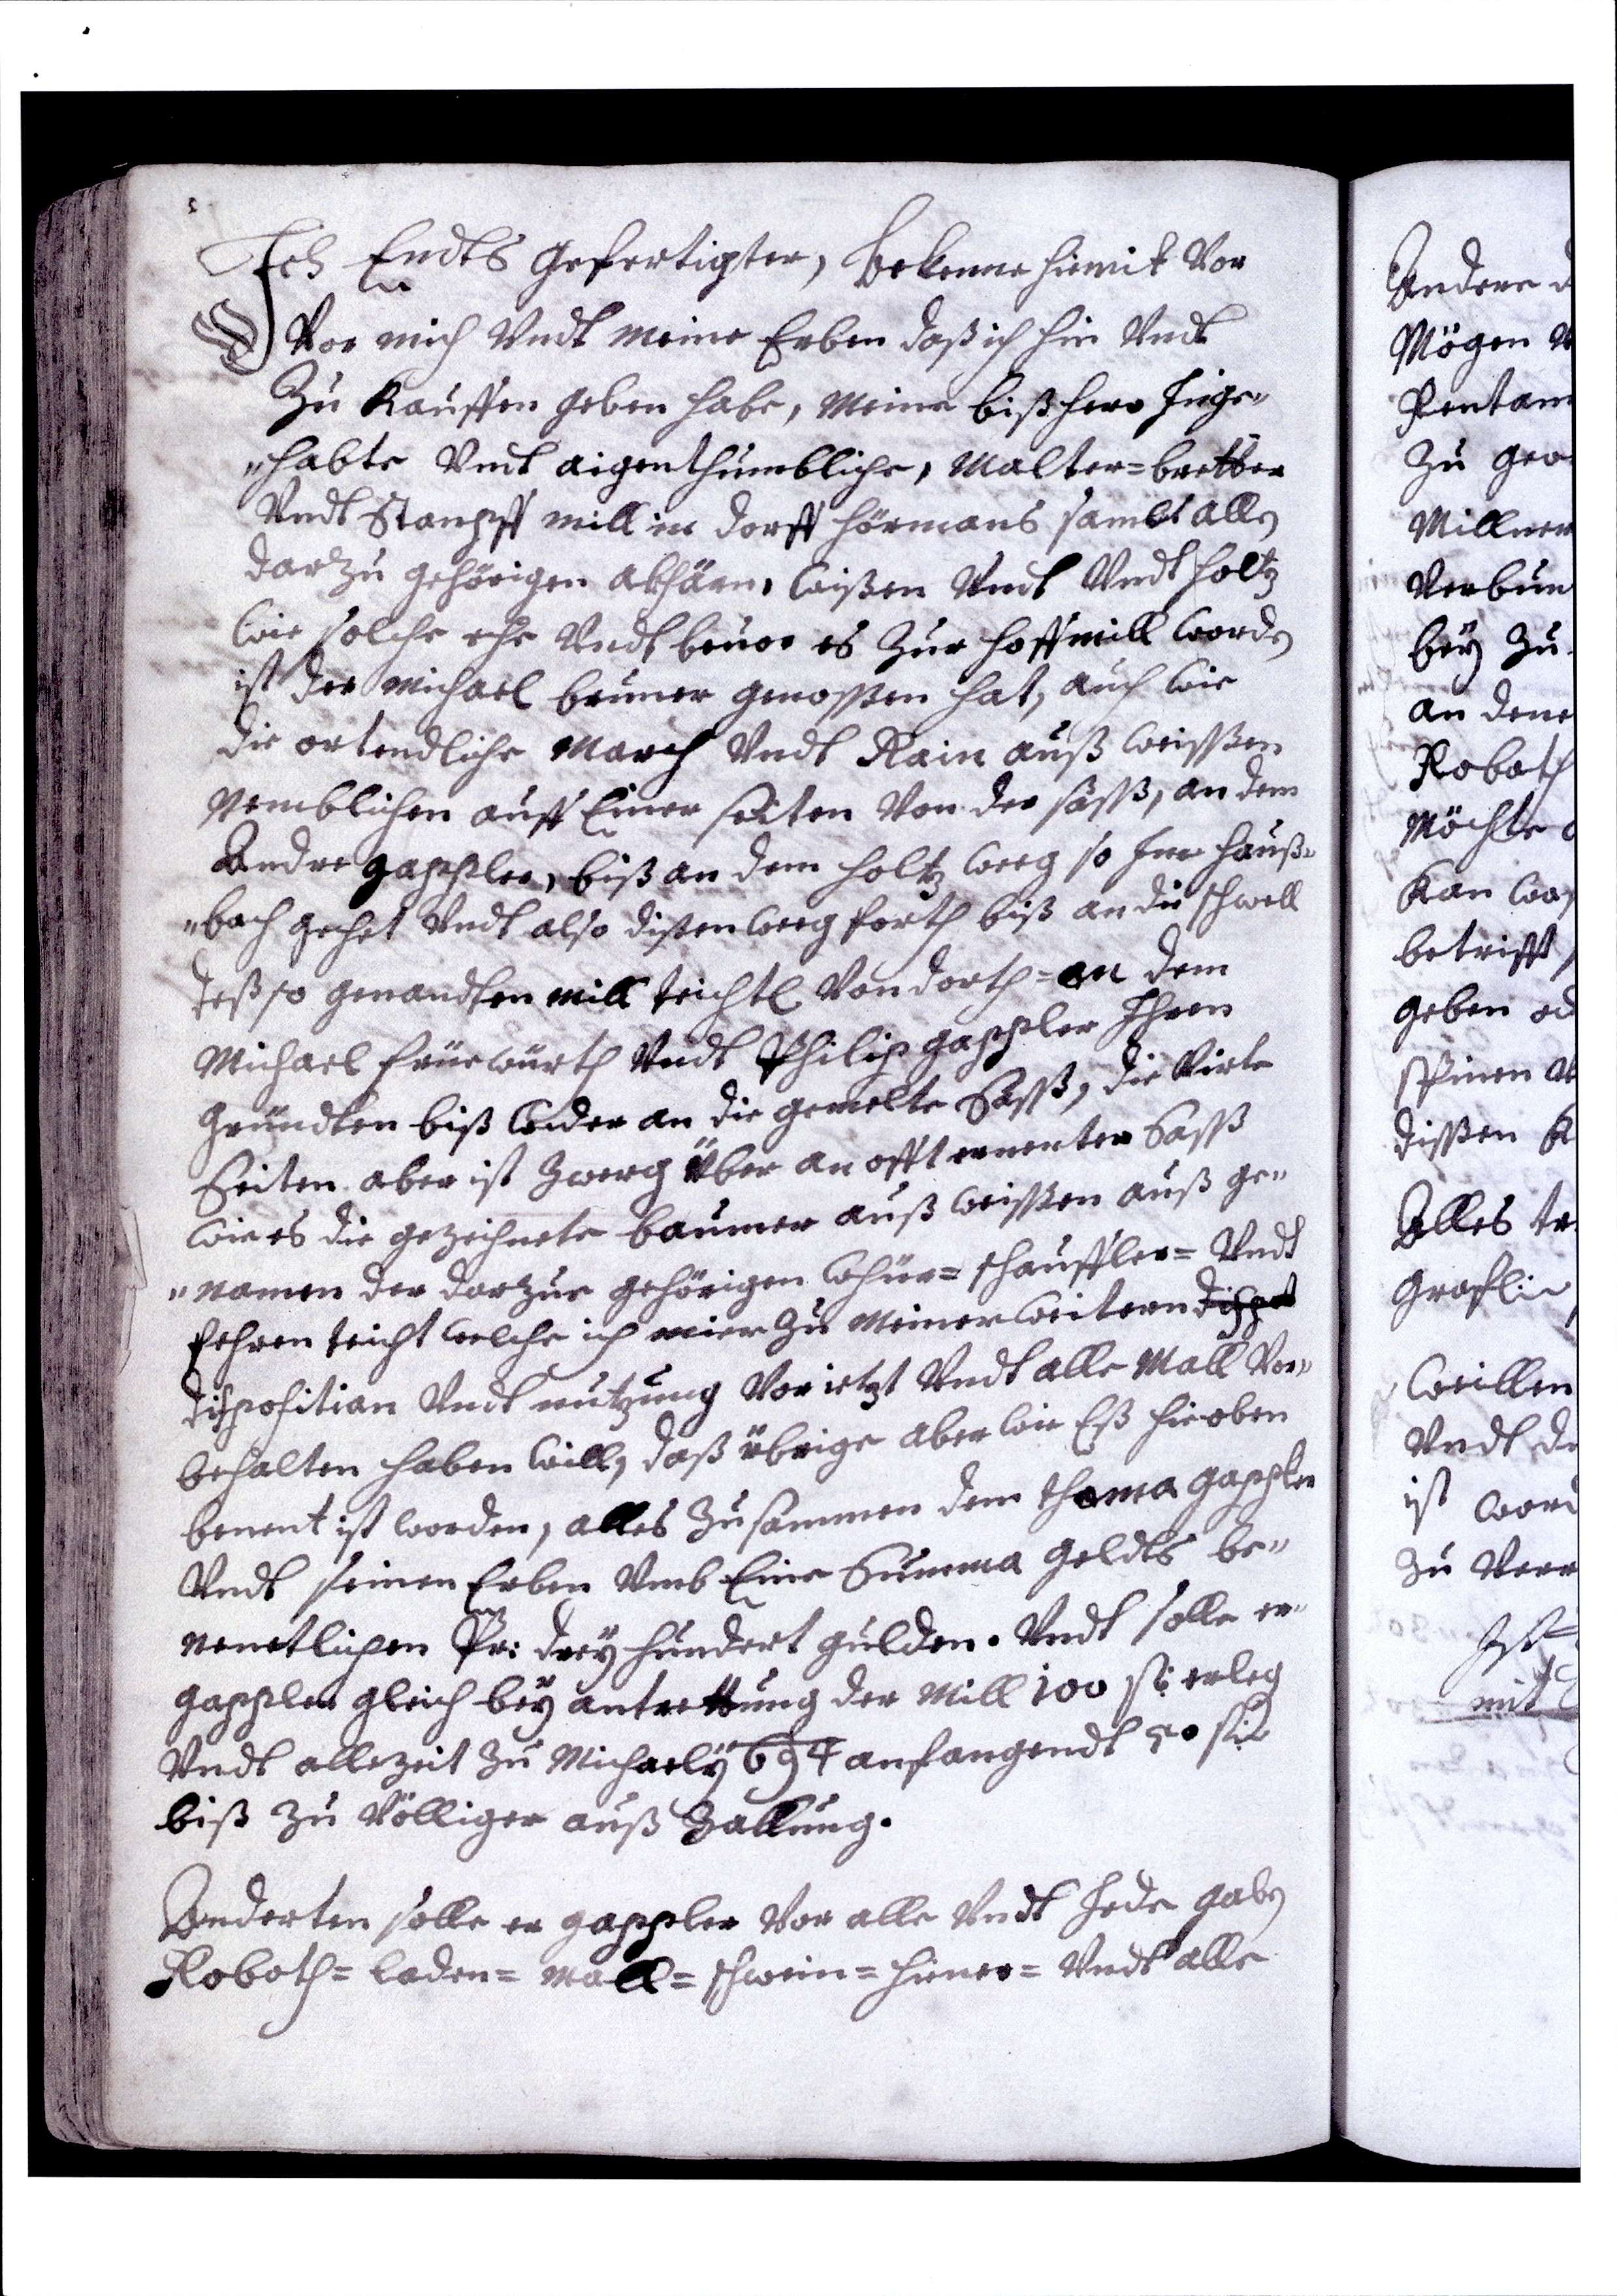
Ich Endts Gefertigter, Bekenne hiemit vor
Vor mich undt Meine Erben daß ich hin undt
Zu kauffen geben habe, Meine bißhero Inge¬
habte undt aigenthumbliche, Malter=bretter
undt Stampff mill in Dorff Hörmans sambs allen
darzu gehörigen akhärn, wißen undt undt holten
wie solche ehe undt bevor es zur Hoffmill worden
ist der Michael Bruner genossen hat, auch wie
die ortendliche March undt Rain auß weißen
Nemblichen auf Einer seiten von der saß, an dem
Ander gappler, biß an dem Holtz weeg so Im Hauß¬
bach gehet undt also disen weeg forth biß an die schwell
deß so genandten mill teichtl von dorth=an dem
Michael Früewürth undt Philip Gappler Ihren
Gründten biß wider an die gemelte Saß, die virte
Seiten aber ist Zwerg über an offt ernenter Saß
wie es die gezeihnete Baumer auß weissen auß ge¬
nomen der darzue gehörigen whür=schauffler=undt
fehren teicht welche ich mier zu Meiner weitern Dispot
Dispositian undt nutzung vor ietzt Undt alle Mall vor¬
behalten haben will, daß übrige aber wie Eß hieoben
benent ist worden, alles zusammen dem thoma gappler
undt seinen Erben umb Eine Summa Geldts be¬
nenetlichen Pr: Dreyhundert Gulden. Undt solle er¬
gappler gleich bey antrettung der Mill 100 f erleg
undt allezeit zu Michaely 694 anfangendt 50 f
biß zu völliger auß zallung.
Anderten solle er gappler vor alle undt Jede gaben
Roboth= laden= mall= schwein= hiener= undt alle